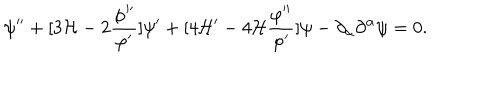
\psi ^ { \prime \prime } + [ 3 { \cal H } - 2 \frac { \varphi ^ { \prime \prime } } { \varphi ^ { \prime } } ] \psi ^ { \prime } + [ 4 { \cal H } ^ { \prime } - 4 { \cal H } \frac { \varphi ^ { \prime \prime } } { \varphi ^ { \prime } } ] \psi - \partial _ { \alpha } \partial ^ { \alpha } \psi = 0 .